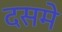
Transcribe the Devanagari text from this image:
दसमे